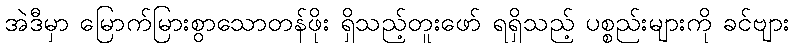
အဲဒီမှာ မြောက်မြားစွာသောတန်ဖိုး ရှိသည့်တူးဖော် ရရှိသည့် ပစ္စည်းများကို ခင်ဗျား